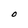
Character: O